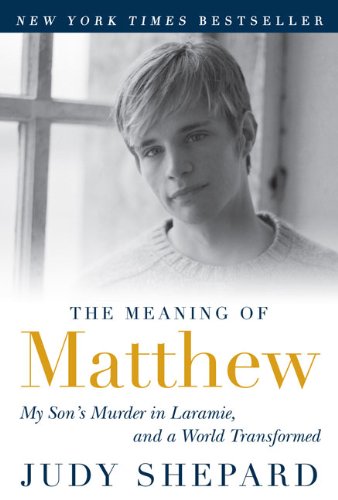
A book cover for The Meaning of Matthew: My Son's Murder in Laramie, and a World Transformed; Judy Shepard; Gay & Lesbian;